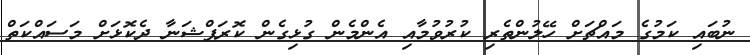
ނުބައި ކަމުގެ މައްޗަށް ހޭލުންތެރި ކުރުވުމާއި އެންމެން ގުޅިގެން ކޮރަޕްޝަނާ ދެކޮޅަށް މަސައްކަތް